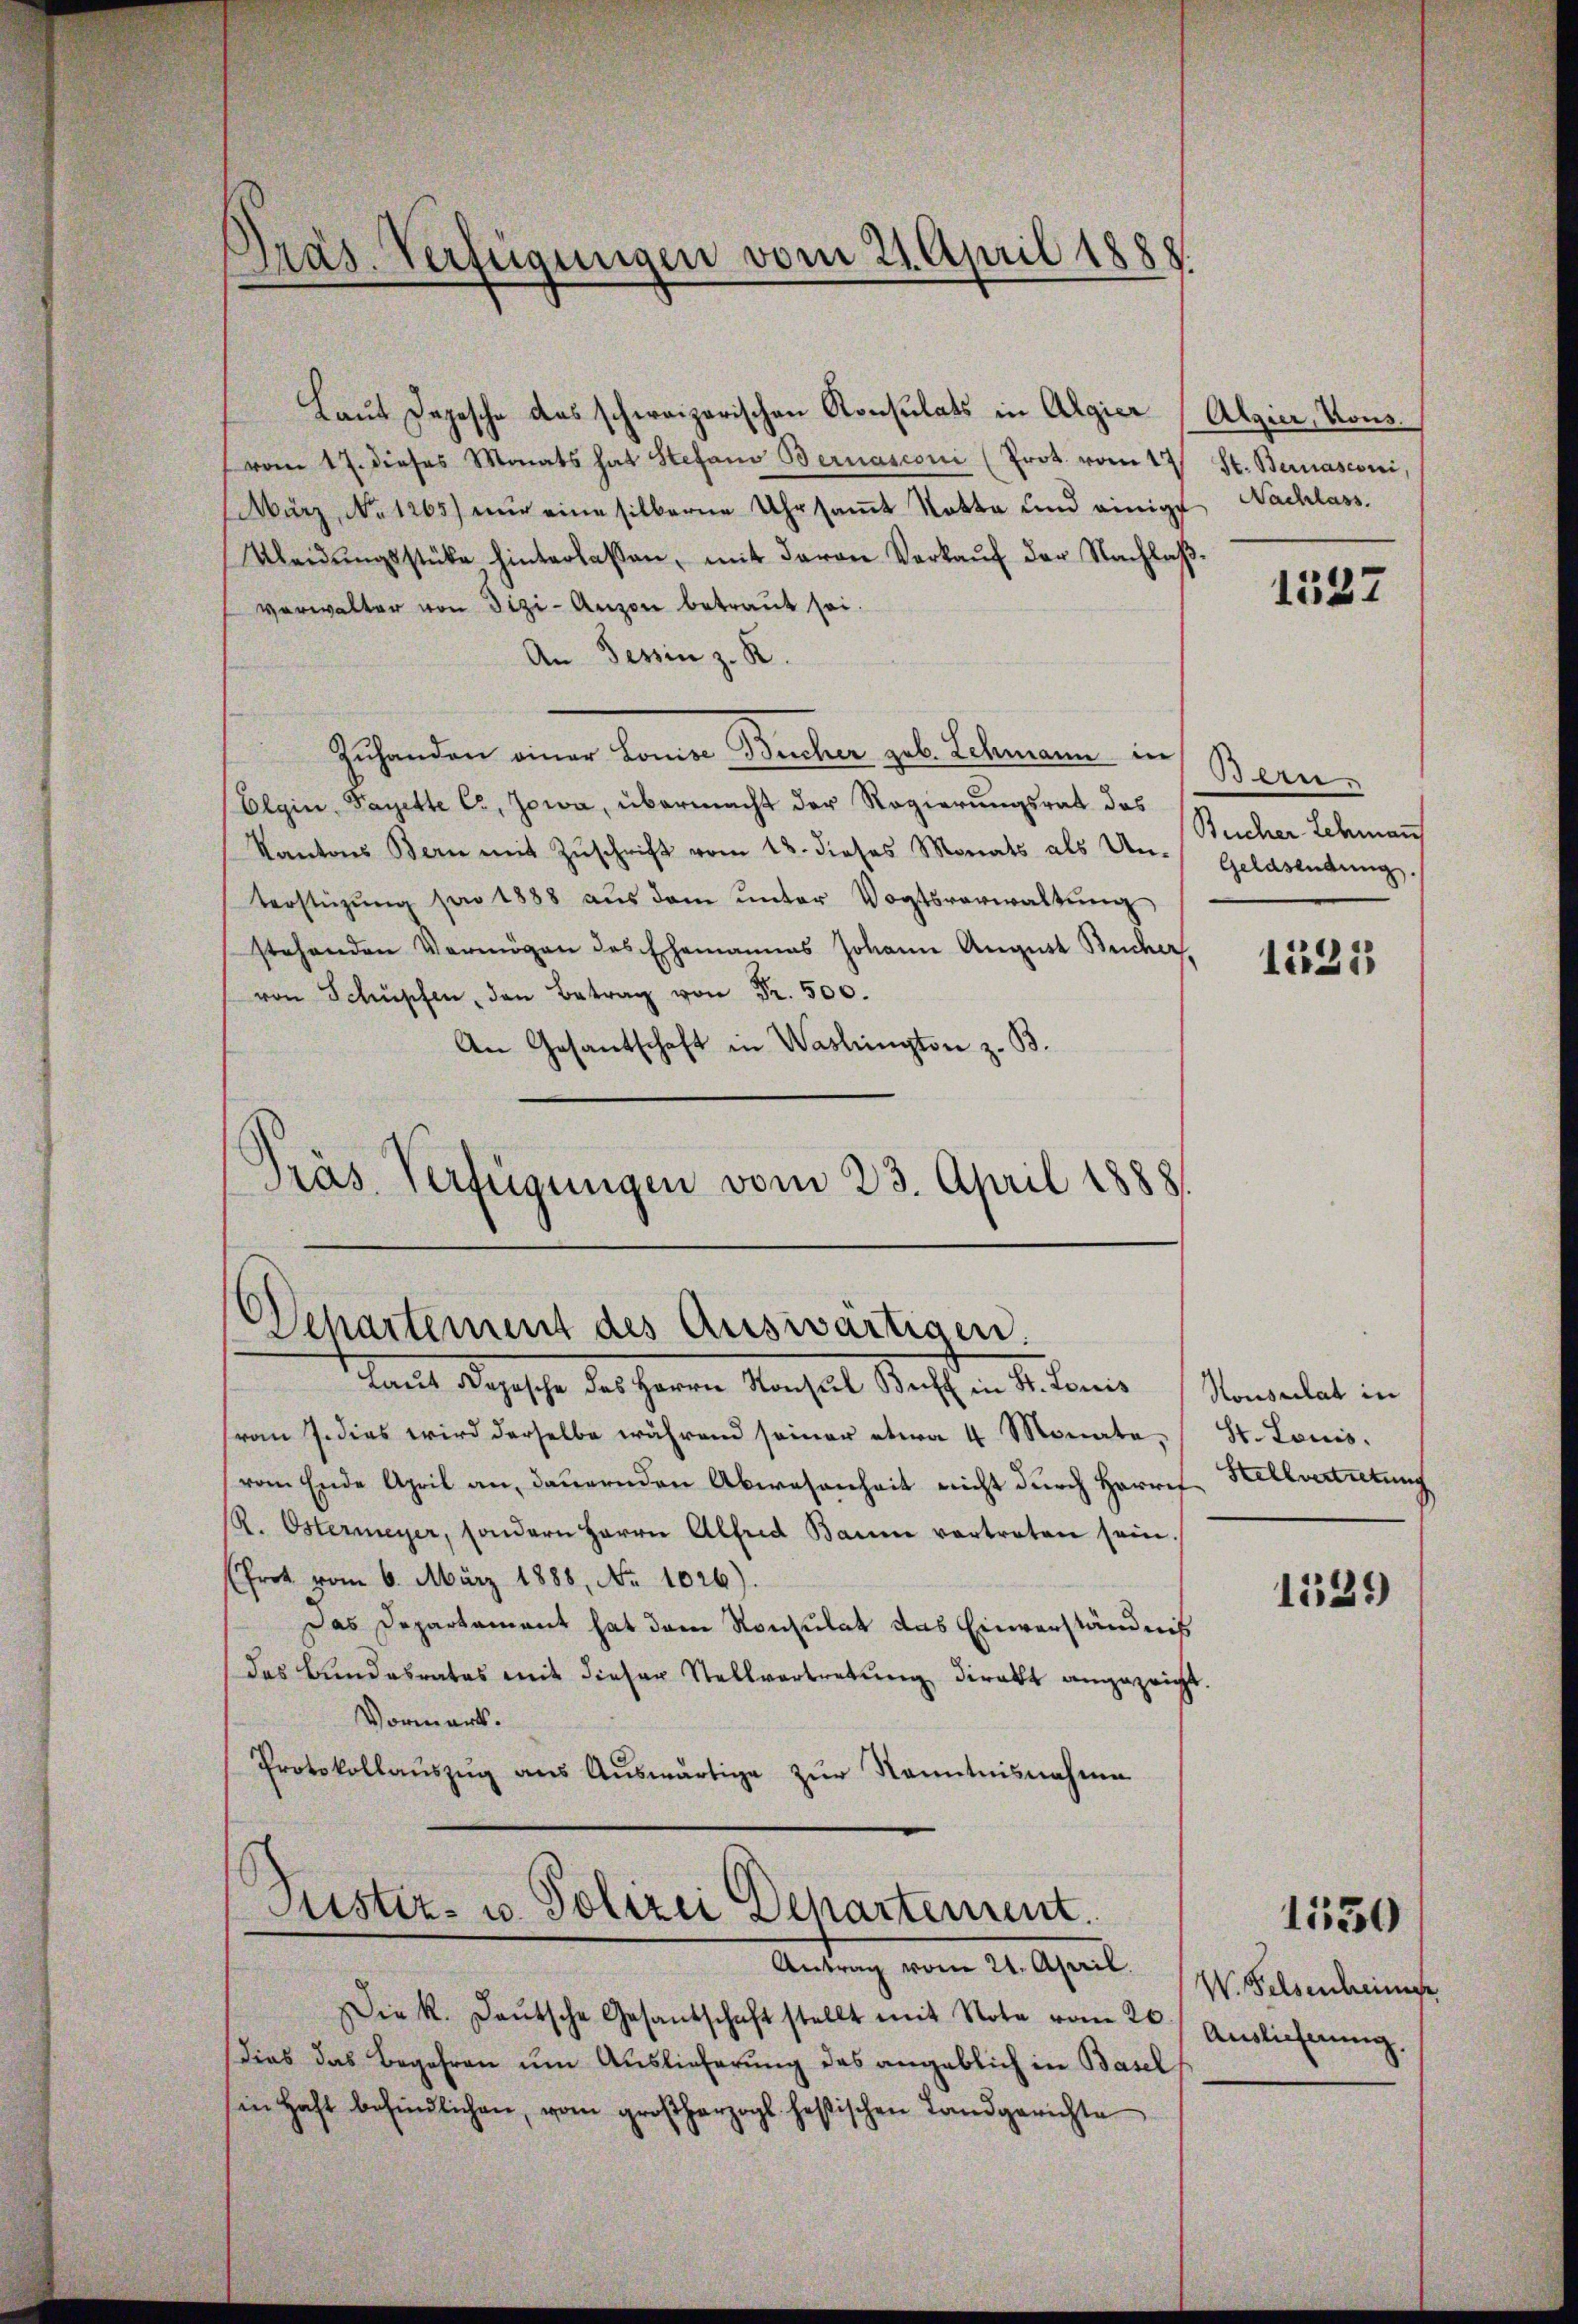
Präs. Verfügungen vom 21. April 1888.

Laut Depesche das schweizerischen Konsulats in Algier (Algier, Kons.
vom 17. dieses Monats hat Stefan Bernasconi (Prot. vom 12
März, No 1265) nur eine silberne Uhr samt Kotta und einige Nachlass.
Kleidŭngsstücke hinterlassen, mit davon Verkaŭf der Nachlaβ.
verwalter von Tizi-Anzon betraut sei.
An Tessin z. R.
Zuhanden einer komise Bucher geb. Schmann in
Elgin, Payette Er, Jowa, übermacht der Regierungsrat das
Kantons Bern mit Zŭschrift vom 12. dieses Monats als Un- Geldsendung
terstützŭng von 1888 aŭs dem ŭnter Vogtsverwaltŭng
stehenden Vermögen des Ehemannes Johann August Bucher,
von Schüpfen, den Betrag von Fr. 500.
An Gesantschaft in Washington z. B.
Präs. Verfügungen vom 23. April 1888.

Departement des Auswärtigen.
Laut Deposche des Herrn Konsul Buff in St. Louis

St. Bernasconi,

vom 7. dies wird derselbe während seiner etwa 4 Monatevom Ende April an, dauernden Abwesenheit nicht durch Harre Stellvertutung
R. Ostermeyer, sondern Herrn Alfred Baum vertreten sein.
(frot vom 6. März 1888, No 1026).
Das Departament hat dem Konsulat das Einverständnis
das Bundesrates mit dieser Stellvertretŭng direkt angezeigt
Vormerk.
Protokollaŭszŭg aŭs Aŭswärtige zŭr Kenntnisnahme
Justiz- u. Polizei Departement.
Antrag vom 21. April.
Die k. deŭtsche Gesandschaft stellt mit Note vom 26. Auslicherŭng.
Dies das Begehren um Auslieferung das angeblich in Basel
in Haft befindlichen, vom großherzogs heftischen Landgerichte

1337

Bern
Bucher Schmaṅ

1331

Nonsulat in
St. Louis.

1331)

W. Felsenheimes

1530